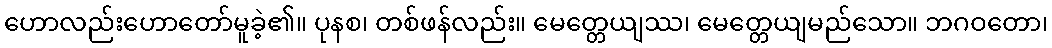
ဟောလည်းဟောတော်မူခဲ့၏။ ပုနစ၊ တစ်ဖန်လည်း။ မေတ္တေယျဿ၊ မေတ္တေယျမည်သော။ ဘဂဝတော၊